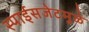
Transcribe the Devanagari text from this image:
स्पाईसजेटमुळे